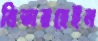
নিডারহেইন